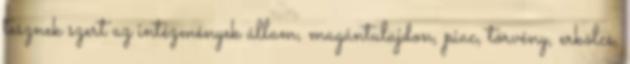
tesznek szert az intézmények állam, magántulajdon, piac, törvény, erkölcs,